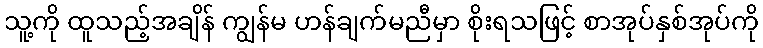
သူ့ကို ထူသည့်အချိန် ကျွန်မ ဟန်ချက်မညီမှာ စိုးရသဖြင့် စာအုပ်နှစ်အုပ်ကို